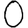
Digit: 0